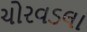
ચોરવડલા